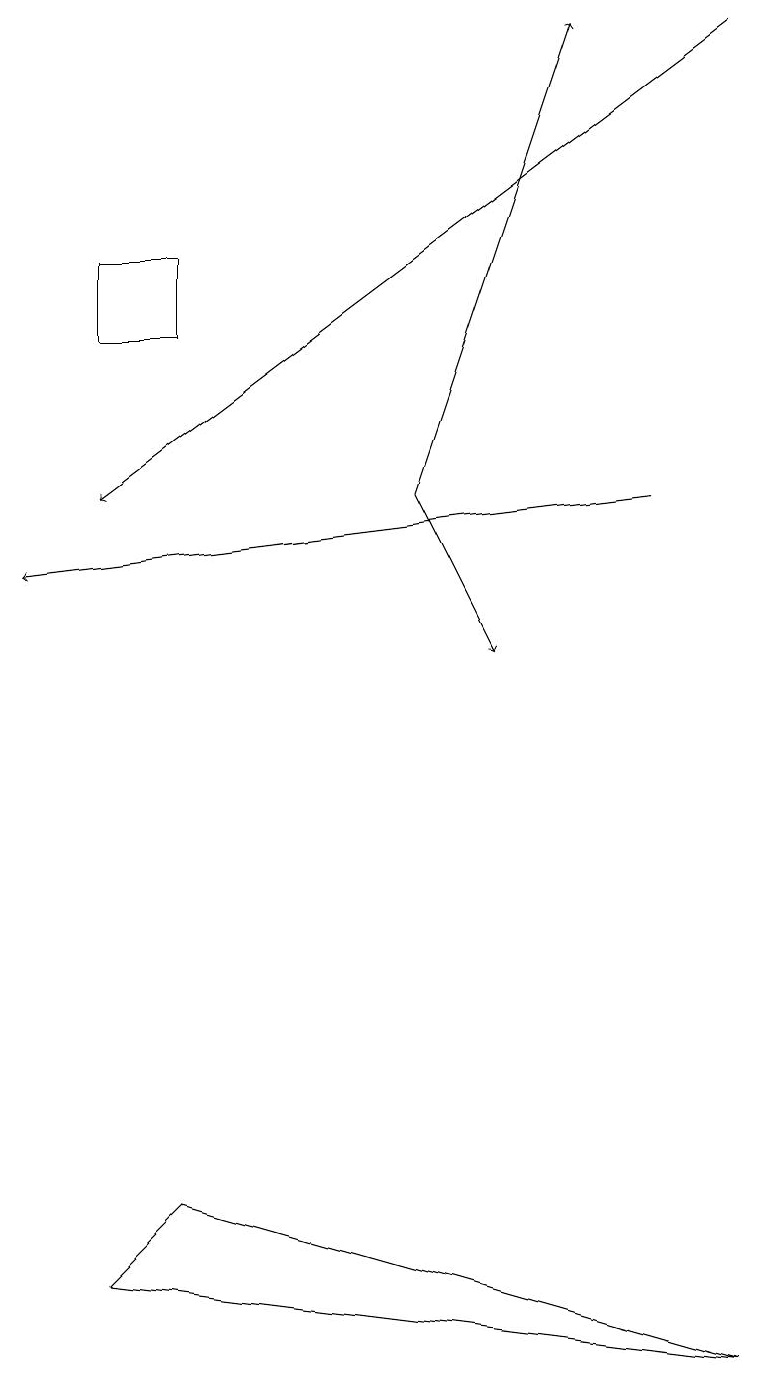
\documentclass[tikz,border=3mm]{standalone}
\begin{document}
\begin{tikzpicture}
\draw[->] (5,12) -- (7,18);
\draw[->] (9,18) -- (1,12);
\draw (2,3) -- (1,2) -- (9,1) -- cycle;
\draw[->] (8,12) -- (0,11);
\draw (1,15) rectangle (2,14);
\draw[->] (5,12) -- (6,10);
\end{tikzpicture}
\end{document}